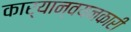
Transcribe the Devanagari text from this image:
कार्यान्‍वयनकारी